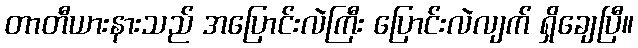
တာတီယားနားသည် အပြောင်းလဲကြီး ပြောင်းလဲလျက် ရှိချေပြီ။